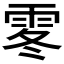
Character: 𩂓